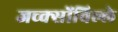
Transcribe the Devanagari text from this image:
जच्क्सोंविल्ले